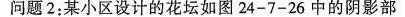
问题2：某小区设计的花坛如图$$2 4 - 7 - 2 6$$中的阴影部